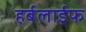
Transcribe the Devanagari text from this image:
हर्बलाईफ